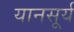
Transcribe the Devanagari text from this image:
यानसूर्य